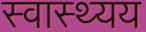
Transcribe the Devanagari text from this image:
स्वास्थ्यय